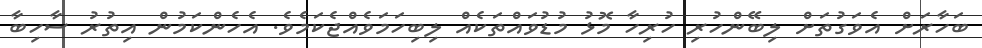
ބަހާރަށް އެވަގުތަށް ލިބޭންހުރި ހުރިހާ މޮޅު މުޑުވައްތަކެއް ލިބިހަމަވެއްޖެކަމެވެ. އެހެންކަމުން އިތުރު ސާހިބާ